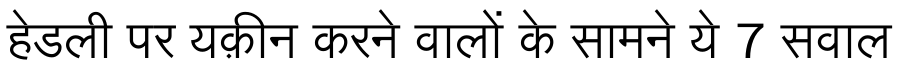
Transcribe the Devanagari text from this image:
हेडली पर यक़ीन करने वालों के सामने ये 7 सवाल